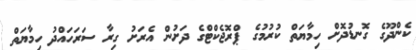
ކެންދޫގެ ގޮނޑުދޮށް ހިމާޔަތް ކުރުމުގެ ޕްރޮޖެކްޓްގެ ދަށުން އެރަށު ގިރާ ސަރަހައްދު ހިމާޔަތް